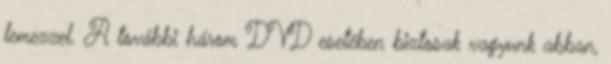
lemezzel. A további három DVD esetében biztosak vagyunk abban,